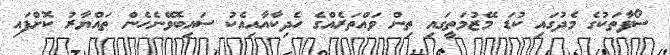
ސޯފާތަކުގެ މެދުގައި ކުޑަ މޭޒުމަތީގައި ތިން ވައްތަރެއްގެ ހެދިކާއާއިއެކު ސައިބޮވޭނެހެން ތައްޔާރު ކޮށްފައި